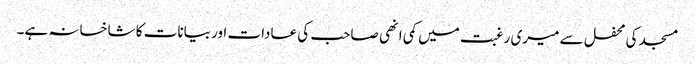
مسجد کی محفل سے میری رغبت میں کمی انھی صاحب کی عادات اور بیانات کا شاخسانہ ہے۔